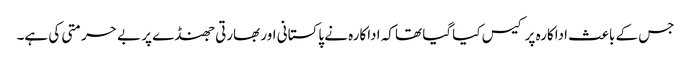
جس کے باعث اداکارہ پر کیس کیا گیا تھا کہ اداکارہ نے پاکستانی اور بھارتی جھنڈے پر بے حرمتی کی ہے۔